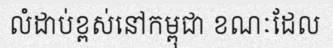
លំដាប់ខ្ពស់នៅកម្ពុជា ខណៈដែល